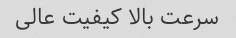
سرعت بالا کیفیت عالی